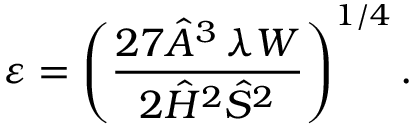
\varepsilon = \left( \frac { 2 7 \hat { A } ^ { 3 } \, \lambda W } { 2 \hat { H } ^ { 2 } \hat { S } ^ { 2 } } \right) ^ { 1 / 4 } .